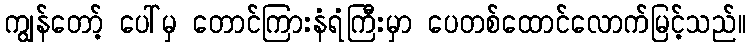
ကျွန်တော့် ပေါ်မှ တောင်ကြားနံရံကြီးမှာ ပေတစ်ထောင်လောက်မြင့်သည်။